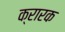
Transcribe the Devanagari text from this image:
क्रारक